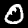
Label: 0